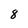
Character: 8